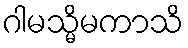
ဂါမသ္မိမကာသိ